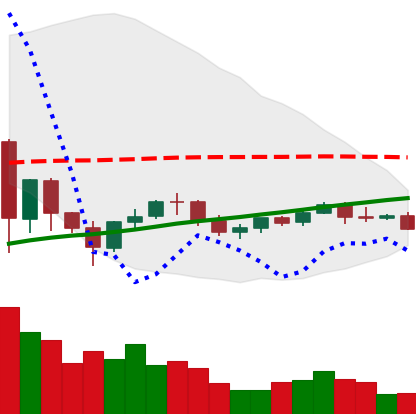
Ticker: NEO-USD
Chart end date: 2021-06-07
Forward return: -9.257%
Label: down_7plus